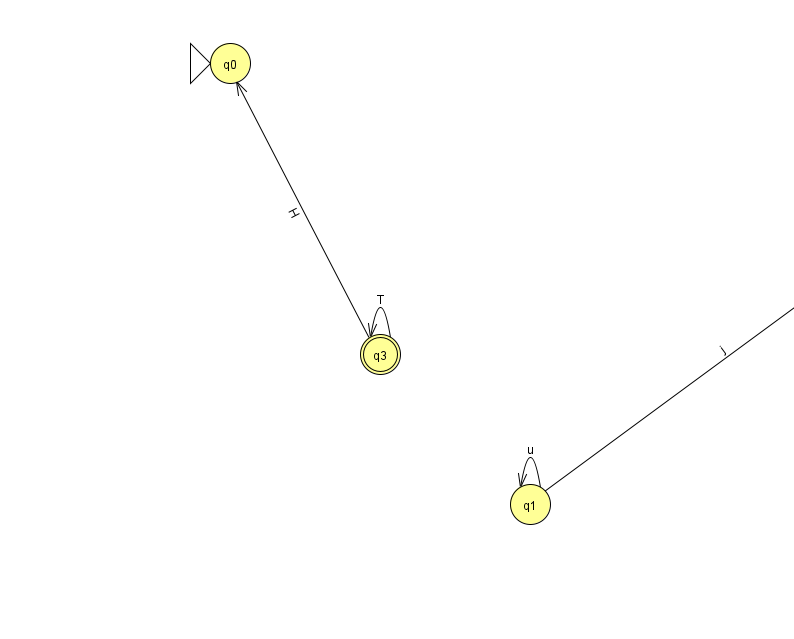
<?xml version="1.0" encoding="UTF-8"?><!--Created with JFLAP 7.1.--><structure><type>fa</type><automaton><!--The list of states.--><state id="0" name="q0"><x>230.0</x><y>50.0</y><initial/></state><state id="1" name="q1"><x>530.0</x><y>491.0</y></state><state id="2" name="q2"><x>927.0</x><y>200.0</y></state><state id="3" name="q3"><x>380.0</x><y>341.0</y><final/></state><!--The list of transitions.--><transition><from>1</from><to>2</to><read>j</read></transition><transition><from>3</from><to>3</to><read>T</read></transition><transition><from>1</from><to>1</to><read>u</read></transition><transition><from>3</from><to>0</to><read>H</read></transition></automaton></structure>